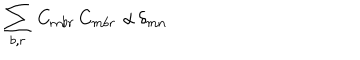
LaTeX: \sum _ { b , r } \, C _ { m b r } \, C _ { m b r } \, \, \alpha \, \delta _ { m n }